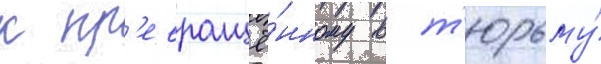
к пр'евращё́нному в т'юрьму́